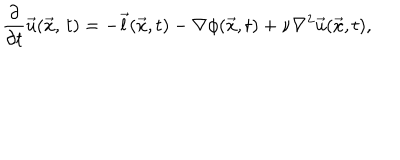
{ \frac { \partial } { \partial t } } \vec { u } ( \vec { x } , \, t ) = - \vec { l } ( \vec { x } , t ) - \nabla \phi ( \vec { x } , t ) + \nu \nabla ^ { 2 } \vec { u } ( \vec { x } , t ) ,